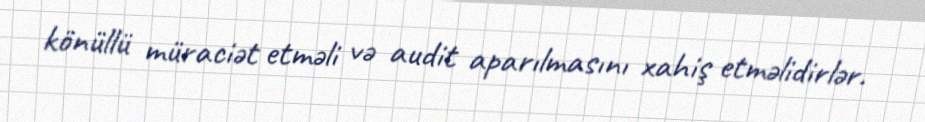
könüllü müraciət etməli və audit aparılmasını xahiş etməlidirlər.